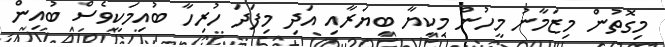
މިގޮތުން މިޒަމާނު މީހުން މިކިޔާ ބިޔަރާއި އަދި މިފަދަ ހުރިހާ ބުއިމަކީވެސް ބުއިން